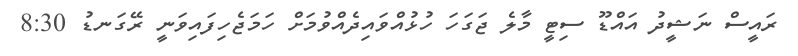
ރައީސް ނަޝީދު އައްޑޫ ސިޓީ މާލެ ޖަގަހަ ހުޅުއްވައިދެއްވުމަށް ހަމަޖެހިފައިވަނީ ރޭގަނޑު 8:30